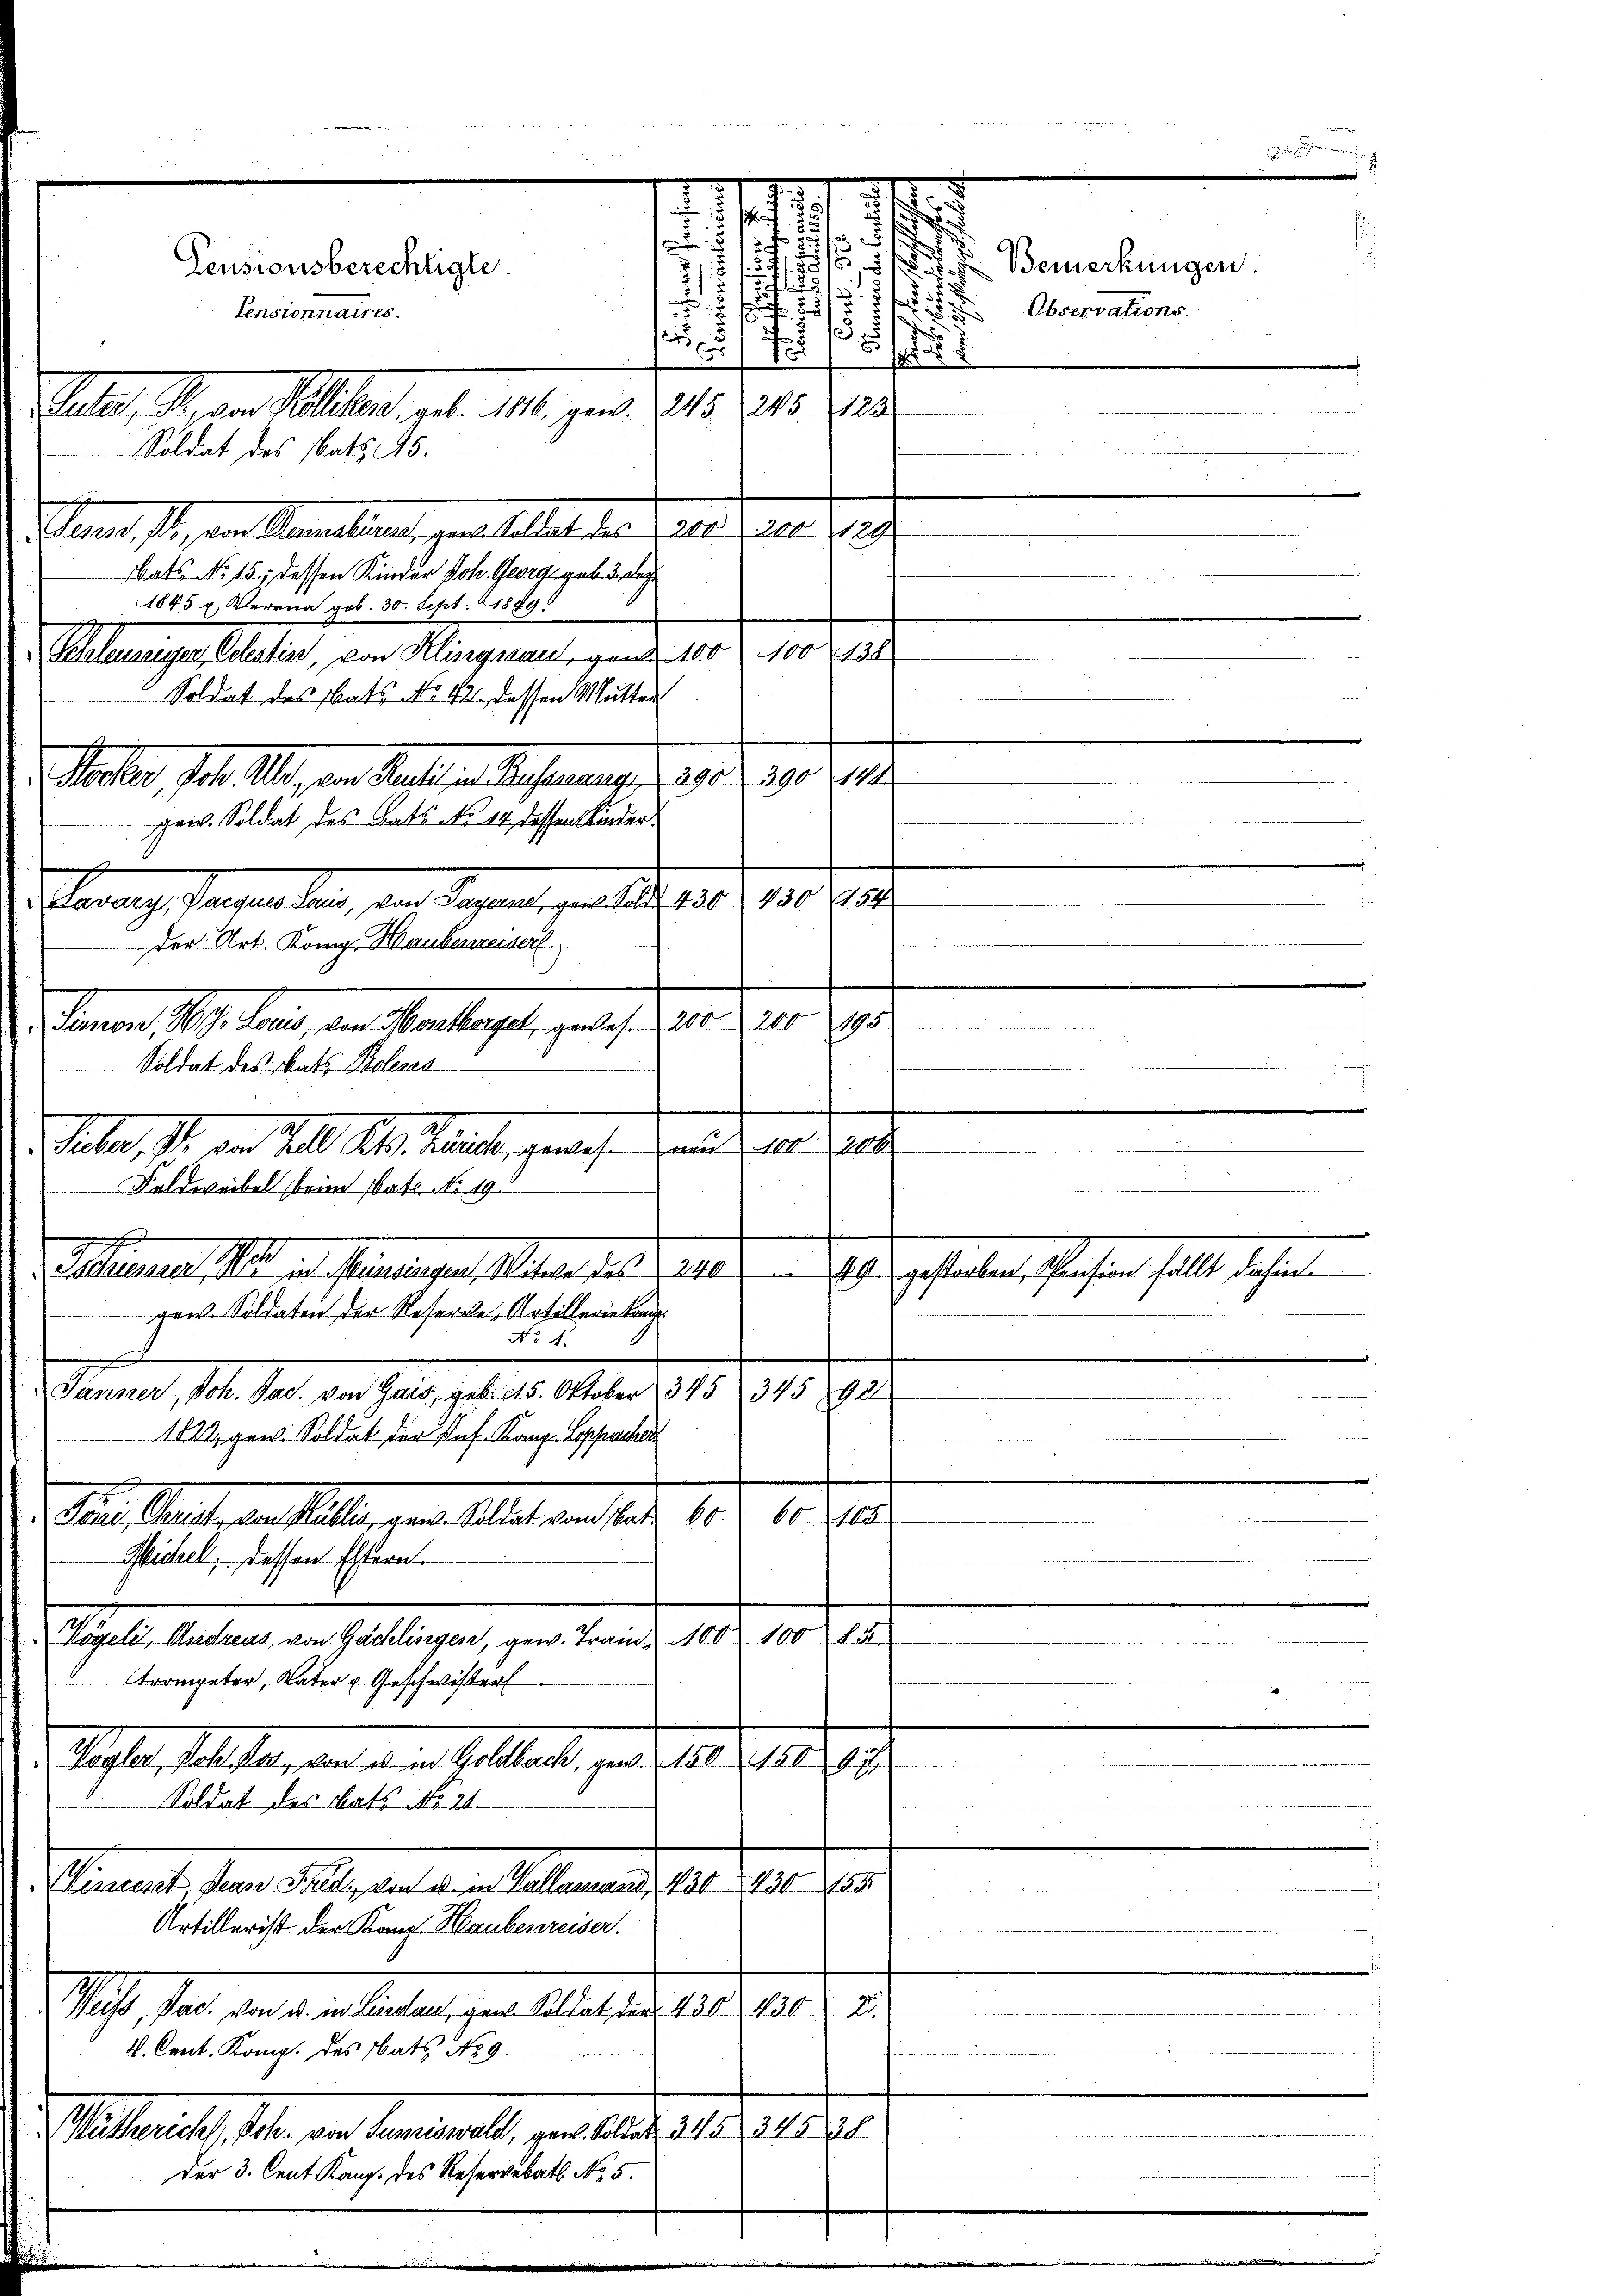
am ist, von dermalen, zur Alles der Grad er der
Bats No 15. dessen Kinder Joh. Georg, geb. 3. der
1845 u. Verena geb. 30. Sept. 1889
Scalauseiger, Polestirt, von Kliszysau, ganz 100. 100 (138
Soldat des Rats No 12. dessen Mutter
. Seiter, Joh. Aber an Statten Referung 1905. 1910. 19
gan. Soldat des Bats No 14. dessen Kinder
ms |
asans Prages sein, von Vagant, gen Satz. 181
der Art. Kong. Haubenreiserl
Fennen 19. Jans, den Montagel, getan. 10. 210. 192
Soldat des Rats Bolens
-
Samuel, 14. Jan. den habe, et 2. Aber 1941. 1918. 1910.
1822, gew. Soldat der Prof. Kann Loppachen
16.
661
Dans lautenen Stelle, der Alles auch alte
Michel, dessen Estern.
Vögeli, Andreus, von Gächlingen, gew. Trand 100 100 15
trompeter, Vater u Geschwister
Glaser, sollten, den an in solltente, und 10. 1919
Soldat des Rats No 21.
Vincest, Jean Fried, von u. in Vallasind, 430. 430 155
Artillerist der Konr. Haubertreiser
Si, an den an der als gere Aber den 10. 1910.
2
4. Cent. Komp. des Rats No 9.
Withericht, Sohn von Aeminell, gene belieh, 315. 3450
Der 3. Cent. Kang des Reservabath No. 5.
i
e
manen

Huber, Pr. von Zell Peten. Zürich, gewesen und von 1200
Feldweibel beim bat. No. 419
gew. Soldaten der Reserve-Artillerie kan
No 4.

Vater, M. von Kolliken, geben 1816. pant. 225. 215. 2128
Soldat des Nath 18.

7.
.
i
s
8
s
.
.
52
Pensionsberechtigte.
8
f
 25/3
Pensionnaires.
.
15
2
r 178

A.28
e

v
Marner 1. d. Miterungen aber 189. 210 u. s. gestaten frohen soll, das ei

d
7

154

.
§.8. Bemerkungen.
d
Observations.
.
i

e